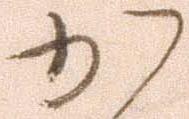
か